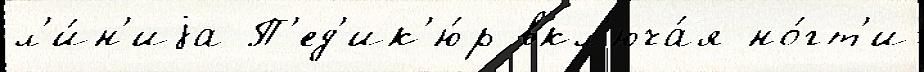
л'и́н'иjа П'ед'ик'ю́р вкл'юча́я но́гт'и